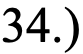
34.)